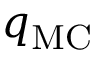
q _ { \mathrm { M C } }